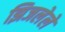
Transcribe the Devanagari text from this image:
झिजलेले